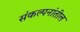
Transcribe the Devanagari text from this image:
संकल्पनांतील